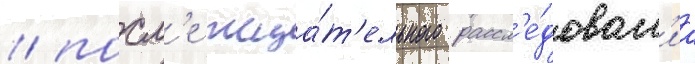
/ посл'е тща́т'ельного рассл'е́дован'иа